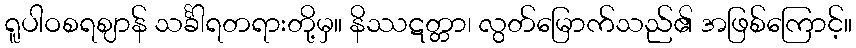
ရူပါဝစရဈာန် သင်္ခါရတရားတို့မှ။ နိဿဋတ္တာ၊ လွတ်မြောက်သည်၏ အဖြစ်ကြောင့်။